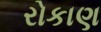
રોકાણ